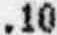
.10